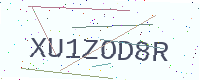
Text: XU1ZOD8R